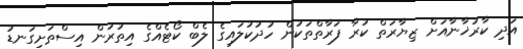
އަދި ކާރުޚާނާއަށް ޒިޔާރަތް ކުރާ ފަރާތްތަކުން ހުދުކުލައިގެ ލެބް ކޯޓެއްގެ އިތުރުން އިސްތަށިގަނޑު